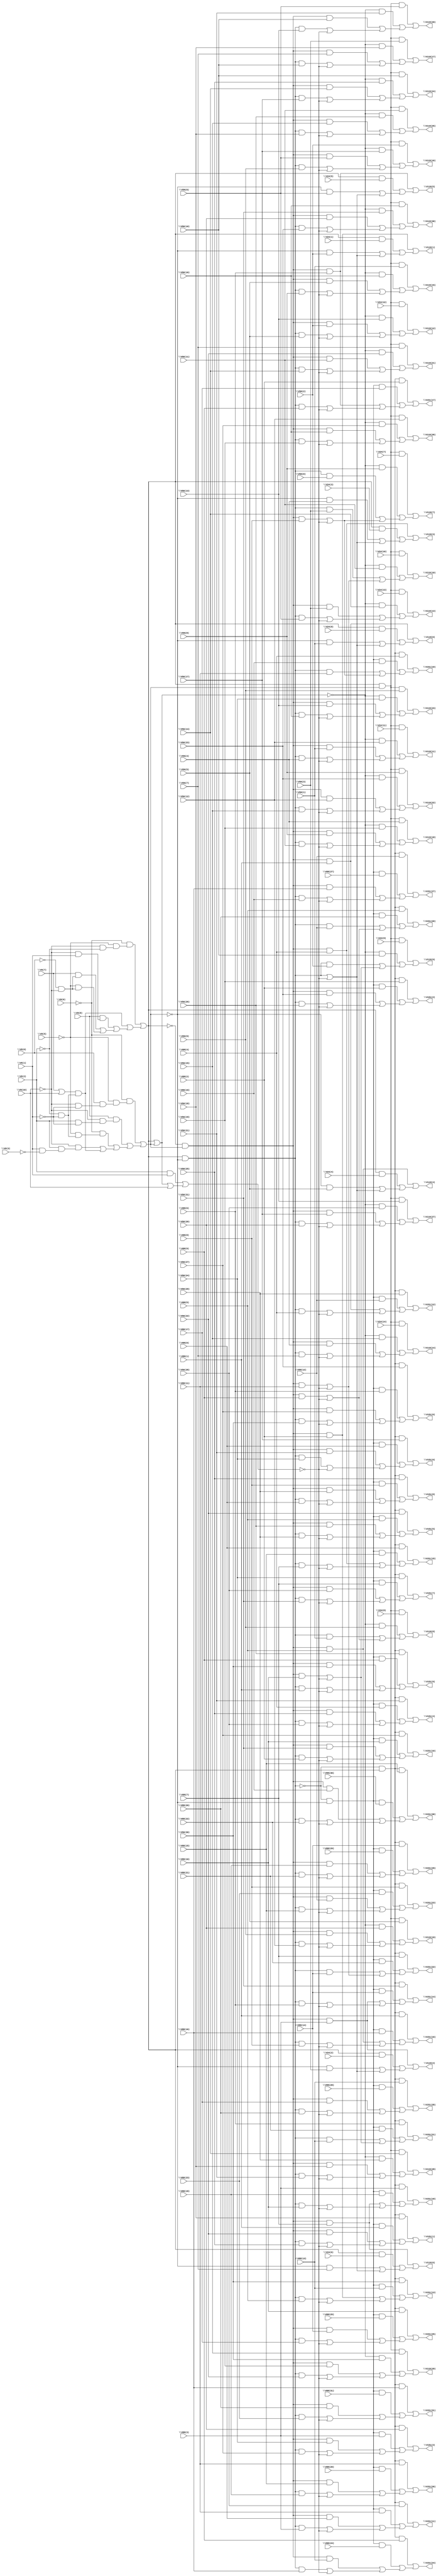
// IWLS benchmark module "i9" printed on Wed May 29 17:27:10 2002
module i9(\V9(3) , \V9(1) , \V9(2) , \V9(10) , \V9(0) , \V9(5) , \V9(6) , \V9(7) , \V9(8) , \V56(31) , \V56(30) , \V56(29) , \V56(28) , \V56(27) , \V56(26) , \V56(25) , \V56(24) , \V56(23) , \V56(22) , \V56(21) , \V56(20) , \V56(19) , \V56(18) , \V56(17) , \V56(16) , \V56(15) , \V56(14) , \V56(13) , \V56(12) , \V56(11) , \V56(10) , \V56(9) , \V56(8) , \V56(7) , \V56(6) , \V56(5) , \V56(4) , \V56(3) , \V56(2) , \V56(1) , \V56(0) , \V88(11) , \V88(10) , \V88(9) , \V88(8) , \V88(7) , \V88(6) , \V88(5) , \V88(4) , \V88(3) , \V88(2) , \V88(1) , \V24(14) , \V24(13) , \V24(12) , \V24(11) , \V24(10) , \V24(9) , \V24(8) , \V24(7) , \V24(6) , \V24(5) , \V24(4) , \V24(3) , \V24(2) , \V24(1) , \V24(0) , \V88(31) , \V88(30) , \V88(29) , \V88(28) , \V88(27) , \V88(26) , \V88(25) , \V88(24) , \V88(23) , \V88(22) , \V88(21) , \V88(20) , \V88(19) , \V88(18) , \V88(17) , \V88(16) , \V88(15) , \V88(14) , \V88(13) , \V88(12) , \V88(0) , \V119(30) , \V119(29) , \V119(28) , \V119(27) , \V119(26) , \V119(25) , \V119(24) , \V119(23) , \V119(22) , \V119(21) , \V119(20) , \V119(19) , \V119(18) , \V119(17) , \V119(16) , \V119(15) , \V119(14) , \V119(13) , \V119(12) , \V119(11) , \V119(10) , \V119(9) , \V119(8) , \V119(7) , \V119(6) , \V119(5) , \V119(4) , \V119(3) , \V119(2) , \V119(1) , \V119(0) , \V151(15) , \V151(14) , \V151(13) , \V151(12) , \V151(11) , \V151(10) , \V151(9) , \V151(8) , \V151(7) , \V151(6) , \V151(5) , \V151(4) , \V151(3) , \V151(2) , \V151(1) , \V151(0) , \V151(31) , \V151(30) , \V151(29) , \V151(28) , \V151(27) , \V151(26) , \V151(25) , \V151(24) , \V151(23) , \V151(22) , \V151(21) , \V151(20) , \V151(19) , \V151(18) , \V151(17) , \V151(16) );
input
  \V88(21) ,
  \V88(20) ,
  \V88(27) ,
  \V9(0) ,
  \V88(0) ,
  \V88(26) ,
  \V9(1) ,
  \V88(1) ,
  \V88(29) ,
  \V9(2) ,
  \V88(2) ,
  \V88(28) ,
  \V9(3) ,
  \V88(3) ,
  \V88(4) ,
  \V9(5) ,
  \V88(5) ,
  \V9(6) ,
  \V88(6) ,
  \V56(13) ,
  \V9(7) ,
  \V88(7) ,
  \V56(12) ,
  \V9(8) ,
  \V9(10) ,
  \V88(8) ,
  \V56(15) ,
  \V88(9) ,
  \V88(31) ,
  \V56(14) ,
  \V88(30) ,
  \V56(11) ,
  \V56(10) ,
  \V56(17) ,
  \V56(0) ,
  \V56(16) ,
  \V56(1) ,
  \V56(19) ,
  \V56(2) ,
  \V56(18) ,
  \V56(3) ,
  \V56(23) ,
  \V56(4) ,
  \V56(22) ,
  \V56(5) ,
  \V56(25) ,
  \V56(6) ,
  \V56(24) ,
  \V56(7) ,
  \V56(8) ,
  \V56(9) ,
  \V56(21) ,
  \V56(20) ,
  \V56(27) ,
  \V56(26) ,
  \V56(29) ,
  \V56(28) ,
  \V24(0) ,
  \V88(13) ,
  \V24(1) ,
  \V88(12) ,
  \V24(2) ,
  \V88(15) ,
  \V24(3) ,
  \V24(13) ,
  \V88(14) ,
  \V24(4) ,
  \V24(12) ,
  \V24(5) ,
  \V56(31) ,
  \V24(6) ,
  \V24(14) ,
  \V88(11) ,
  \V56(30) ,
  \V24(7) ,
  \V88(10) ,
  \V24(8) ,
  \V24(9) ,
  \V24(11) ,
  \V24(10) ,
  \V88(17) ,
  \V88(16) ,
  \V88(19) ,
  \V88(18) ,
  \V88(23) ,
  \V88(22) ,
  \V88(25) ,
  \V88(24) ;
output
  \V119(21) ,
  \V151(16) ,
  \V119(20) ,
  \V151(19) ,
  \V119(23) ,
  \V151(18) ,
  \V119(22) ,
  \V119(25) ,
  \V119(24) ,
  \V119(17) ,
  \V119(16) ,
  \V119(3) ,
  \V119(19) ,
  \V119(2) ,
  \V119(18) ,
  \V151(11) ,
  \V119(5) ,
  \V151(10) ,
  \V119(4) ,
  \V151(13) ,
  \V151(12) ,
  \V151(15) ,
  \V119(1) ,
  \V151(14) ,
  \V119(0) ,
  \V119(11) ,
  \V119(10) ,
  \V119(13) ,
  \V119(12) ,
  \V119(7) ,
  \V119(15) ,
  \V119(6) ,
  \V119(14) ,
  \V119(9) ,
  \V119(8) ,
  \V151(3) ,
  \V151(2) ,
  \V151(5) ,
  \V151(4) ,
  \V151(1) ,
  \V151(0) ,
  \V151(7) ,
  \V151(6) ,
  \V151(9) ,
  \V151(8) ,
  \V151(31) ,
  \V151(30) ,
  \V119(30) ,
  \V151(27) ,
  \V151(26) ,
  \V151(29) ,
  \V151(28) ,
  \V119(27) ,
  \V119(26) ,
  \V119(29) ,
  \V119(28) ,
  \V151(21) ,
  \V151(20) ,
  \V151(23) ,
  \V151(22) ,
  \V151(25) ,
  \V151(24) ,
  \V151(17) ;
wire
  \[59] ,
  \[15] ,
  \[16] ,
  \[17] ,
  \[18] ,
  \[19] ,
  \[60] ,
  \[61] ,
  \[62] ,
  \[0] ,
  \[63] ,
  \[1] ,
  \[64] ,
  \[20] ,
  \[2] ,
  \[65] ,
  \[21] ,
  \[3] ,
  \[66] ,
  \[22] ,
  \[4] ,
  \[67] ,
  \[23] ,
  \[5] ,
  \[68] ,
  \[24] ,
  \[6] ,
  \[69] ,
  \[25] ,
  \[7] ,
  \[26] ,
  \[8] ,
  \[27] ,
  \[9] ,
  \[28] ,
  \[29] ,
  \[71] ,
  V207,
  \[72] ,
  \[73] ,
  \[74] ,
  \[30] ,
  \[31] ,
  \[32] ,
  \[33] ,
  \[34] ,
  \[35] ,
  \[36] ,
  \[37] ,
  \[38] ,
  \[39] ,
  \[40] ,
  \[41] ,
  \[42] ,
  \[43] ,
  \[44] ,
  \[45] ,
  \[46] ,
  \[47] ,
  \[48] ,
  \[49] ,
  \V174(2) ,
  \V174(1) ,
  \[50] ,
  \V174(0) ,
  \[51] ,
  \[52] ,
  \[53] ,
  \[54] ,
  \[10] ,
  \[55] ,
  \[11] ,
  \[56] ,
  \[12] ,
  \[57] ,
  \[13] ,
  \[58] ,
  \[14] ;
assign
  \[59]  = (\[65]  & \V88(4) ) | ((\[64]  & \V88(19) ) | ((V207 & \V88(11) ) | \[74] )),
  \[15]  = (\[67]  & \V56(1) ) | ((~\[66]  & \V56(16) ) | ((\[63]  & \V56(5) ) | ((V207 & \V56(8) ) | ~\V174(0) ))),
  \V119(21)  = \[9] ,
  \V151(16)  = \[62] ,
  \[16]  = (\[67]  & \V24(14) ) | ((~\[66]  & \V56(15) ) | ((\[63]  & \V56(4) ) | ((V207 & \V56(7) ) | ~\V174(0) ))),
  \V119(20)  = \[10] ,
  \V151(19)  = \[59] ,
  \[17]  = (\[67]  & \V24(13) ) | ((~\[66]  & \V56(14) ) | ((\[63]  & \V56(3) ) | ((V207 & \V56(6) ) | ~\V174(0) ))),
  \V119(23)  = \[7] ,
  \V151(18)  = \[60] ,
  \[18]  = (\[67]  & \V24(12) ) | ((~\[66]  & \V56(13) ) | ((\[63]  & \V56(2) ) | ((V207 & \V56(5) ) | ~\V174(0) ))),
  \V119(22)  = \[8] ,
  \[19]  = (\[67]  & \V24(11) ) | ((~\[66]  & \V56(12) ) | ((\[63]  & \V56(1) ) | ((V207 & \V56(4) ) | ~\V174(0) ))),
  \V119(25)  = \[5] ,
  \V119(24)  = \[6] ,
  \V119(17)  = \[13] ,
  \[60]  = (\[65]  & \V88(3) ) | ((\[64]  & \V88(18) ) | ((\[63]  & \V88(7) ) | ((V207 & \V88(10) ) | ~\V174(0) ))),
  \V119(16)  = \[14] ,
  \[61]  = (\[65]  & \V88(2) ) | ((\[64]  & \V88(17) ) | ((\[63]  & \V88(6) ) | ((V207 & \V88(9) ) | ~\V174(0) ))),
  \V119(3)  = \[27] ,
  \V119(19)  = \[11] ,
  \[62]  = (\[65]  & \V88(1) ) | ((\[64]  & \V88(16) ) | ((\[63]  & \V88(5) ) | ((V207 & \V88(8) ) | ~\V174(0) ))),
  \V119(2)  = \[28] ,
  \[0]  = (\[67]  & \V56(16) ) | ((~\[66]  & \V56(31) ) | ((\[63]  & \V56(20) ) | ((V207 & \V56(23) ) | ~\V174(0) ))),
  \V119(18)  = \[12] ,
  \V151(11)  = \[35] ,
  \[63]  = ~\V174(2)  & \V174(1) ,
  \V119(5)  = \[25] ,
  \[1]  = (\[67]  & \V56(15) ) | ((~\[66]  & \V56(30) ) | ((\[63]  & \V56(19) ) | ((V207 & \V56(22) ) | ~\V174(0) ))),
  \V151(10)  = \[36] ,
  \[64]  = ~V207 & ~\V174(1) ,
  \V119(4)  = \[26] ,
  \[20]  = (\[67]  & \V24(10) ) | ((~\[66]  & \V56(11) ) | ((V207 & \V56(3) ) | \[71] )),
  \[2]  = (\[67]  & \V56(14) ) | ((~\[66]  & \V56(29) ) | ((\[63]  & \V56(18) ) | ((V207 & \V56(21) ) | ~\V174(0) ))),
  \V151(13)  = \[33] ,
  \[65]  = ~V207 & \V174(2) ,
  \[21]  = (\[67]  & \V24(9) ) | ((~\[66]  & \V56(10) ) | ((V207 & \V56(2) ) | \[72] )),
  \[3]  = (\[67]  & \V56(13) ) | ((~\[66]  & \V56(28) ) | ((\[63]  & \V56(17) ) | ((V207 & \V56(20) ) | ~\V174(0) ))),
  \V151(12)  = \[34] ,
  \[66]  = \V174(2)  | \V174(1) ,
  \[22]  = (\[67]  & \V24(8) ) | ((~\[66]  & \V56(9) ) | ((V207 & \V56(1) ) | \[73] )),
  \[4]  = (\[67]  & \V56(12) ) | ((~\[66]  & \V56(27) ) | ((\[63]  & \V56(16) ) | ((V207 & \V56(19) ) | ~\V174(0) ))),
  \V151(15)  = \[31] ,
  \[67]  = \V174(2)  & \V174(1) ,
  \V119(1)  = \[29] ,
  \[23]  = (\[67]  & \V24(7) ) | ((~\[66]  & \V56(8) ) | ((V207 & \V56(0) ) | \[74] )),
  \[5]  = (\[67]  & \V56(11) ) | ((~\[66]  & \V56(26) ) | ((\[63]  & \V56(15) ) | ((V207 & \V56(18) ) | ~\V174(0) ))),
  \V151(14)  = \[32] ,
  \[68]  = V207 | ~\V174(0) ,
  \V119(0)  = \[30] ,
  \[24]  = (\[63]  & \V88(7) ) | ((\V174(2)  & \V24(6) ) | ((~\V174(1)  & \V56(7) ) | \[68] )),
  \[6]  = (\[67]  & \V56(10) ) | ((~\[66]  & \V56(25) ) | ((\[63]  & \V56(14) ) | ((V207 & \V56(17) ) | ~\V174(0) ))),
  \[69]  = \V9(7)  | \V9(10) ,
  \[25]  = (\[63]  & \V88(6) ) | ((\V174(2)  & \V24(5) ) | ((~\V174(1)  & \V56(6) ) | \[68] )),
  \[7]  = (\[67]  & \V56(9) ) | ((~\[66]  & \V56(24) ) | ((\[63]  & \V56(13) ) | ((V207 & \V56(16) ) | ~\V174(0) ))),
  \V119(11)  = \[19] ,
  \[26]  = (\[63]  & \V88(5) ) | ((\V174(2)  & \V24(4) ) | ((~\V174(1)  & \V56(5) ) | \[68] )),
  \[8]  = (\[67]  & \V56(8) ) | ((~\[66]  & \V56(23) ) | ((\[63]  & \V56(12) ) | ((V207 & \V56(15) ) | ~\V174(0) ))),
  \V119(10)  = \[20] ,
  \[27]  = (\[63]  & \V88(4) ) | ((\V174(2)  & \V24(3) ) | ((~\V174(1)  & \V56(4) ) | \[68] )),
  \[9]  = (\[67]  & \V56(7) ) | ((~\[66]  & \V56(22) ) | ((\[63]  & \V56(11) ) | ((V207 & \V56(14) ) | ~\V174(0) ))),
  \V119(13)  = \[17] ,
  \[28]  = (\[63]  & \V88(3) ) | ((\V174(2)  & \V24(2) ) | ((~\V174(1)  & \V56(3) ) | \[68] )),
  \V119(12)  = \[18] ,
  \V119(7)  = \[23] ,
  \[29]  = (\[63]  & \V88(2) ) | ((\V174(2)  & \V24(1) ) | ((~\V174(1)  & \V56(2) ) | \[68] )),
  \V119(15)  = \[15] ,
  \V119(6)  = \[24] ,
  \V119(14)  = \[16] ,
  \V119(9)  = \[21] ,
  \V119(8)  = \[22] ,
  \[71]  = (\[63]  & \V88(11) ) | ~\V174(0) ,
  V207 = \V174(2)  & ~\V174(1) ,
  \V151(3)  = \[43] ,
  \[72]  = (\[63]  & \V88(10) ) | ~\V174(0) ,
  \V151(2)  = \[44] ,
  \[73]  = (\[63]  & \V88(9) ) | ~\V174(0) ,
  \V151(5)  = \[41] ,
  \[74]  = (\[63]  & \V88(8) ) | ~\V174(0) ,
  \[30]  = (\[63]  & \V88(1) ) | ((\V174(2)  & \V24(0) ) | ((~\V174(1)  & \V56(1) ) | \[68] )),
  \V151(4)  = \[42] ,
  \[31]  = (\[65]  & \V88(0) ) | ((\[64]  & \V88(15) ) | ((\[63]  & \V88(4) ) | ((V207 & \V88(7) ) | ~\V174(0) ))),
  \[32]  = (\[65]  & \V56(31) ) | ((\[64]  & \V88(14) ) | ((\[63]  & \V88(3) ) | ((V207 & \V88(6) ) | ~\V174(0) ))),
  \[33]  = (\[65]  & \V56(30) ) | ((\[64]  & \V88(13) ) | ((\[63]  & \V88(2) ) | ((V207 & \V88(5) ) | ~\V174(0) ))),
  \V151(1)  = \[45] ,
  \[34]  = (\[65]  & \V56(29) ) | ((\[64]  & \V88(12) ) | ((\[63]  & \V88(1) ) | ((V207 & \V88(4) ) | ~\V174(0) ))),
  \V151(0)  = \[46] ,
  \[35]  = (\[65]  & \V56(28) ) | ((\[64]  & \V88(11) ) | ((\[63]  & \V88(0) ) | ((V207 & \V88(3) ) | ~\V174(0) ))),
  \[36]  = (\[65]  & \V56(27) ) | ((\[64]  & \V88(10) ) | ((\[63]  & \V56(31) ) | ((V207 & \V88(2) ) | ~\V174(0) ))),
  \[37]  = (\[65]  & \V56(26) ) | ((\[64]  & \V88(9) ) | ((\[63]  & \V56(30) ) | ((V207 & \V88(1) ) | ~\V174(0) ))),
  \[38]  = (\[65]  & \V56(25) ) | ((\[64]  & \V88(8) ) | ((\[63]  & \V56(29) ) | ((V207 & \V88(0) ) | ~\V174(0) ))),
  \[39]  = (\[65]  & \V56(24) ) | ((\[64]  & \V88(7) ) | ((\[63]  & \V56(28) ) | ((V207 & \V56(31) ) | ~\V174(0) ))),
  \V151(7)  = \[39] ,
  \V151(6)  = \[40] ,
  \V151(9)  = \[37] ,
  \V151(8)  = \[38] ,
  \V151(31)  = \[47] ,
  \V151(30)  = \[48] ,
  \[40]  = (\[65]  & \V56(23) ) | ((\[64]  & \V88(6) ) | ((\[63]  & \V56(27) ) | ((V207 & \V56(30) ) | ~\V174(0) ))),
  \[41]  = (\[65]  & \V56(22) ) | ((\[64]  & \V88(5) ) | ((\[63]  & \V56(26) ) | ((V207 & \V56(29) ) | ~\V174(0) ))),
  \[42]  = (\[65]  & \V56(21) ) | ((\[64]  & \V88(4) ) | ((\[63]  & \V56(25) ) | ((V207 & \V56(28) ) | ~\V174(0) ))),
  \[43]  = (\[65]  & \V56(20) ) | ((\[64]  & \V88(3) ) | ((\[63]  & \V56(24) ) | ((V207 & \V56(27) ) | ~\V174(0) ))),
  \[44]  = (\[65]  & \V56(19) ) | ((\[64]  & \V88(2) ) | ((\[63]  & \V56(23) ) | ((V207 & \V56(26) ) | ~\V174(0) ))),
  \[45]  = (\[65]  & \V56(18) ) | ((\[64]  & \V88(1) ) | ((\[63]  & \V56(22) ) | ((V207 & \V56(25) ) | ~\V174(0) ))),
  \[46]  = (\[65]  & \V56(17) ) | ((\[64]  & \V88(0) ) | ((\[63]  & \V56(21) ) | ((V207 & \V56(24) ) | ~\V174(0) ))),
  \V119(30)  = \[0] ,
  \[47]  = (\[65]  & \V88(16) ) | ((\[64]  & \V88(31) ) | ((\[63]  & \V88(20) ) | ((V207 & \V88(23) ) | ~\V174(0) ))),
  \[48]  = (\[65]  & \V88(15) ) | ((\[64]  & \V88(30) ) | ((\[63]  & \V88(19) ) | ((V207 & \V88(22) ) | ~\V174(0) ))),
  \V151(27)  = \[51] ,
  \[49]  = (\[65]  & \V88(14) ) | ((\[64]  & \V88(29) ) | ((\[63]  & \V88(18) ) | ((V207 & \V88(21) ) | ~\V174(0) ))),
  \V151(26)  = \[52] ,
  \V174(2)  = (~\V9(6)  & (~\V9(5)  & (~\V9(10)  & ~\V9(2) ))) | ((\[69]  & (~\V9(2)  & ~\V9(1) )) | ((\V9(8)  & (~\V9(10)  & \V9(1) )) | ((\V9(7)  & (~\V9(0)  & ~\V9(10) )) | (~\V9(5)  & (~\V9(0)  & ~\V9(10) ))))),
  \V151(29)  = \[49] ,
  \V151(28)  = \[50] ,
  \V174(1)  = (~\V9(6)  & (~\V9(5)  & (\V9(0)  & (~\V9(10)  & ~\V9(1) )))) | ((\V9(8)  & (~\V9(10)  & (\V9(2)  & ~\V9(1) ))) | ((~\V9(6)  & (~\V9(5)  & (~\V9(2)  & ~\V9(1) ))) | ((~\V9(10)  & (\V9(2)  & (\V9(1)  & ~\V9(3) ))) | (\[69]  & (~\V9(2)  & ~\V9(1) ))))),
  \V119(27)  = \[3] ,
  \[50]  = (\[65]  & \V88(13) ) | ((\[64]  & \V88(28) ) | ((\[63]  & \V88(17) ) | ((V207 & \V88(20) ) | ~\V174(0) ))),
  \V174(0)  = (\V9(2)  & \V9(1) ) | (\[66]  | \V9(10) ),
  \V119(26)  = \[4] ,
  \[51]  = (\[65]  & \V88(12) ) | ((\[64]  & \V88(27) ) | ((\[63]  & \V88(16) ) | ((V207 & \V88(19) ) | ~\V174(0) ))),
  \V119(29)  = \[1] ,
  \[52]  = (\[65]  & \V88(11) ) | ((\[64]  & \V88(26) ) | ((\[63]  & \V88(15) ) | ((V207 & \V88(18) ) | ~\V174(0) ))),
  \V119(28)  = \[2] ,
  \V151(21)  = \[57] ,
  \[53]  = (\[65]  & \V88(10) ) | ((\[64]  & \V88(25) ) | ((\[63]  & \V88(14) ) | ((V207 & \V88(17) ) | ~\V174(0) ))),
  \V151(20)  = \[58] ,
  \[54]  = (\[65]  & \V88(9) ) | ((\[64]  & \V88(24) ) | ((\[63]  & \V88(13) ) | ((V207 & \V88(16) ) | ~\V174(0) ))),
  \[10]  = (\[67]  & \V56(6) ) | ((~\[66]  & \V56(21) ) | ((\[63]  & \V56(10) ) | ((V207 & \V56(13) ) | ~\V174(0) ))),
  \V151(23)  = \[55] ,
  \[55]  = (\[65]  & \V88(8) ) | ((\[64]  & \V88(23) ) | ((\[63]  & \V88(12) ) | ((V207 & \V88(15) ) | ~\V174(0) ))),
  \[11]  = (\[67]  & \V56(5) ) | ((~\[66]  & \V56(20) ) | ((\[63]  & \V56(9) ) | ((V207 & \V56(12) ) | ~\V174(0) ))),
  \V151(22)  = \[56] ,
  \[56]  = (\[65]  & \V88(7) ) | ((\[64]  & \V88(22) ) | ((V207 & \V88(14) ) | \[71] )),
  \[12]  = (\[67]  & \V56(4) ) | ((~\[66]  & \V56(19) ) | ((\[63]  & \V56(8) ) | ((V207 & \V56(11) ) | ~\V174(0) ))),
  \V151(25)  = \[53] ,
  \[57]  = (\[65]  & \V88(6) ) | ((\[64]  & \V88(21) ) | ((V207 & \V88(13) ) | \[72] )),
  \[13]  = (\[67]  & \V56(3) ) | ((~\[66]  & \V56(18) ) | ((\[63]  & \V56(7) ) | ((V207 & \V56(10) ) | ~\V174(0) ))),
  \V151(24)  = \[54] ,
  \[58]  = (\[65]  & \V88(5) ) | ((\[64]  & \V88(20) ) | ((V207 & \V88(12) ) | \[73] )),
  \[14]  = (\[67]  & \V56(2) ) | ((~\[66]  & \V56(17) ) | ((\[63]  & \V56(6) ) | ((V207 & \V56(9) ) | ~\V174(0) ))),
  \V151(17)  = \[61] ;
endmodule